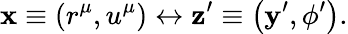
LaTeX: \mathbf{x}\equiv\left(r^{\mu},u^{\mu}\right)\leftrightarrow\mathbf{z}^{\prime}\equiv\left(\mathbf{y}^{\prime},\phi^{\prime}\right).